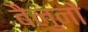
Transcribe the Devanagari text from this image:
बैलुनों